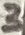
Text: 3